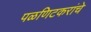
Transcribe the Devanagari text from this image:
पळणिटकरांचे